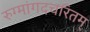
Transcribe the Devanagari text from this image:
रुग्मांगदचरितम्